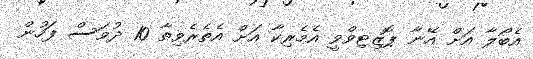
އެބޯލާ އަށް އޭނާ ޕޮޒިޓިވްވީ އެމެރިކާ އަށް އެތެރެވިތާ 10 ދުވަސް ފަހުން